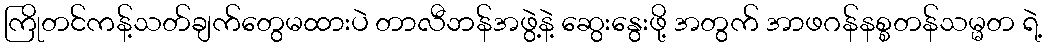
ကြိုတင်ကန့်သတ်ချက်တွေမထားပဲ တာလီဘန်အဖွဲ့နဲ့ ဆွေးနွေးဖို့ အတွက် အာဖဂန်နစ္စတန်သမ္မတ ရဲ့